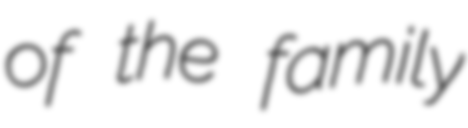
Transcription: of the family